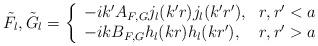
LaTeX: \begin{align*}\tilde F_l, \tilde G_l=\left\{\begin{array}{ll}-ik'A_{F,G}j_l(k'r)j_l(k'r'),&r,r'<a\\-ikB_{F,G}h_l(kr)h_l(kr'),&r,r'>a\end{array}\right.\end{align*}